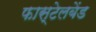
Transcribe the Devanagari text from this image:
फास्टेलबेंड